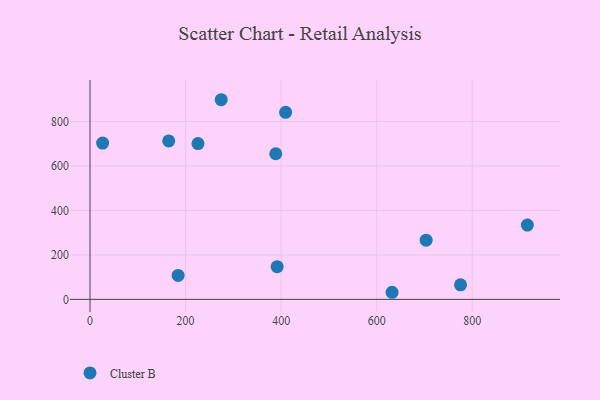
{"axis": {"x": "Price", "y": "Demand"}, "legend": ["Cluster B"], "data": [{"x": "775.5", "y": 65.4, "type": "Cluster B"}, {"x": "703.5", "y": 266.1, "type": "Cluster B"}, {"x": "164.7", "y": 712.4, "type": "Cluster B"}, {"x": "632.2", "y": 31.9, "type": "Cluster B"}, {"x": "184.4", "y": 107.7, "type": "Cluster B"}, {"x": "391.7", "y": 146.9, "type": "Cluster B"}, {"x": "409.4", "y": 841.4, "type": "Cluster B"}, {"x": "26.4", "y": 703.0, "type": "Cluster B"}, {"x": "226.0", "y": 700.9, "type": "Cluster B"}, {"x": "388.8", "y": 654.9, "type": "Cluster B"}, {"x": "915.4", "y": 334.3, "type": "Cluster B"}, {"x": "274.6", "y": 897.9, "type": "Cluster B"}]}